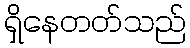
ရှိနေတတ်သည်